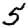
Digit: 5